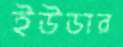
ইউডার